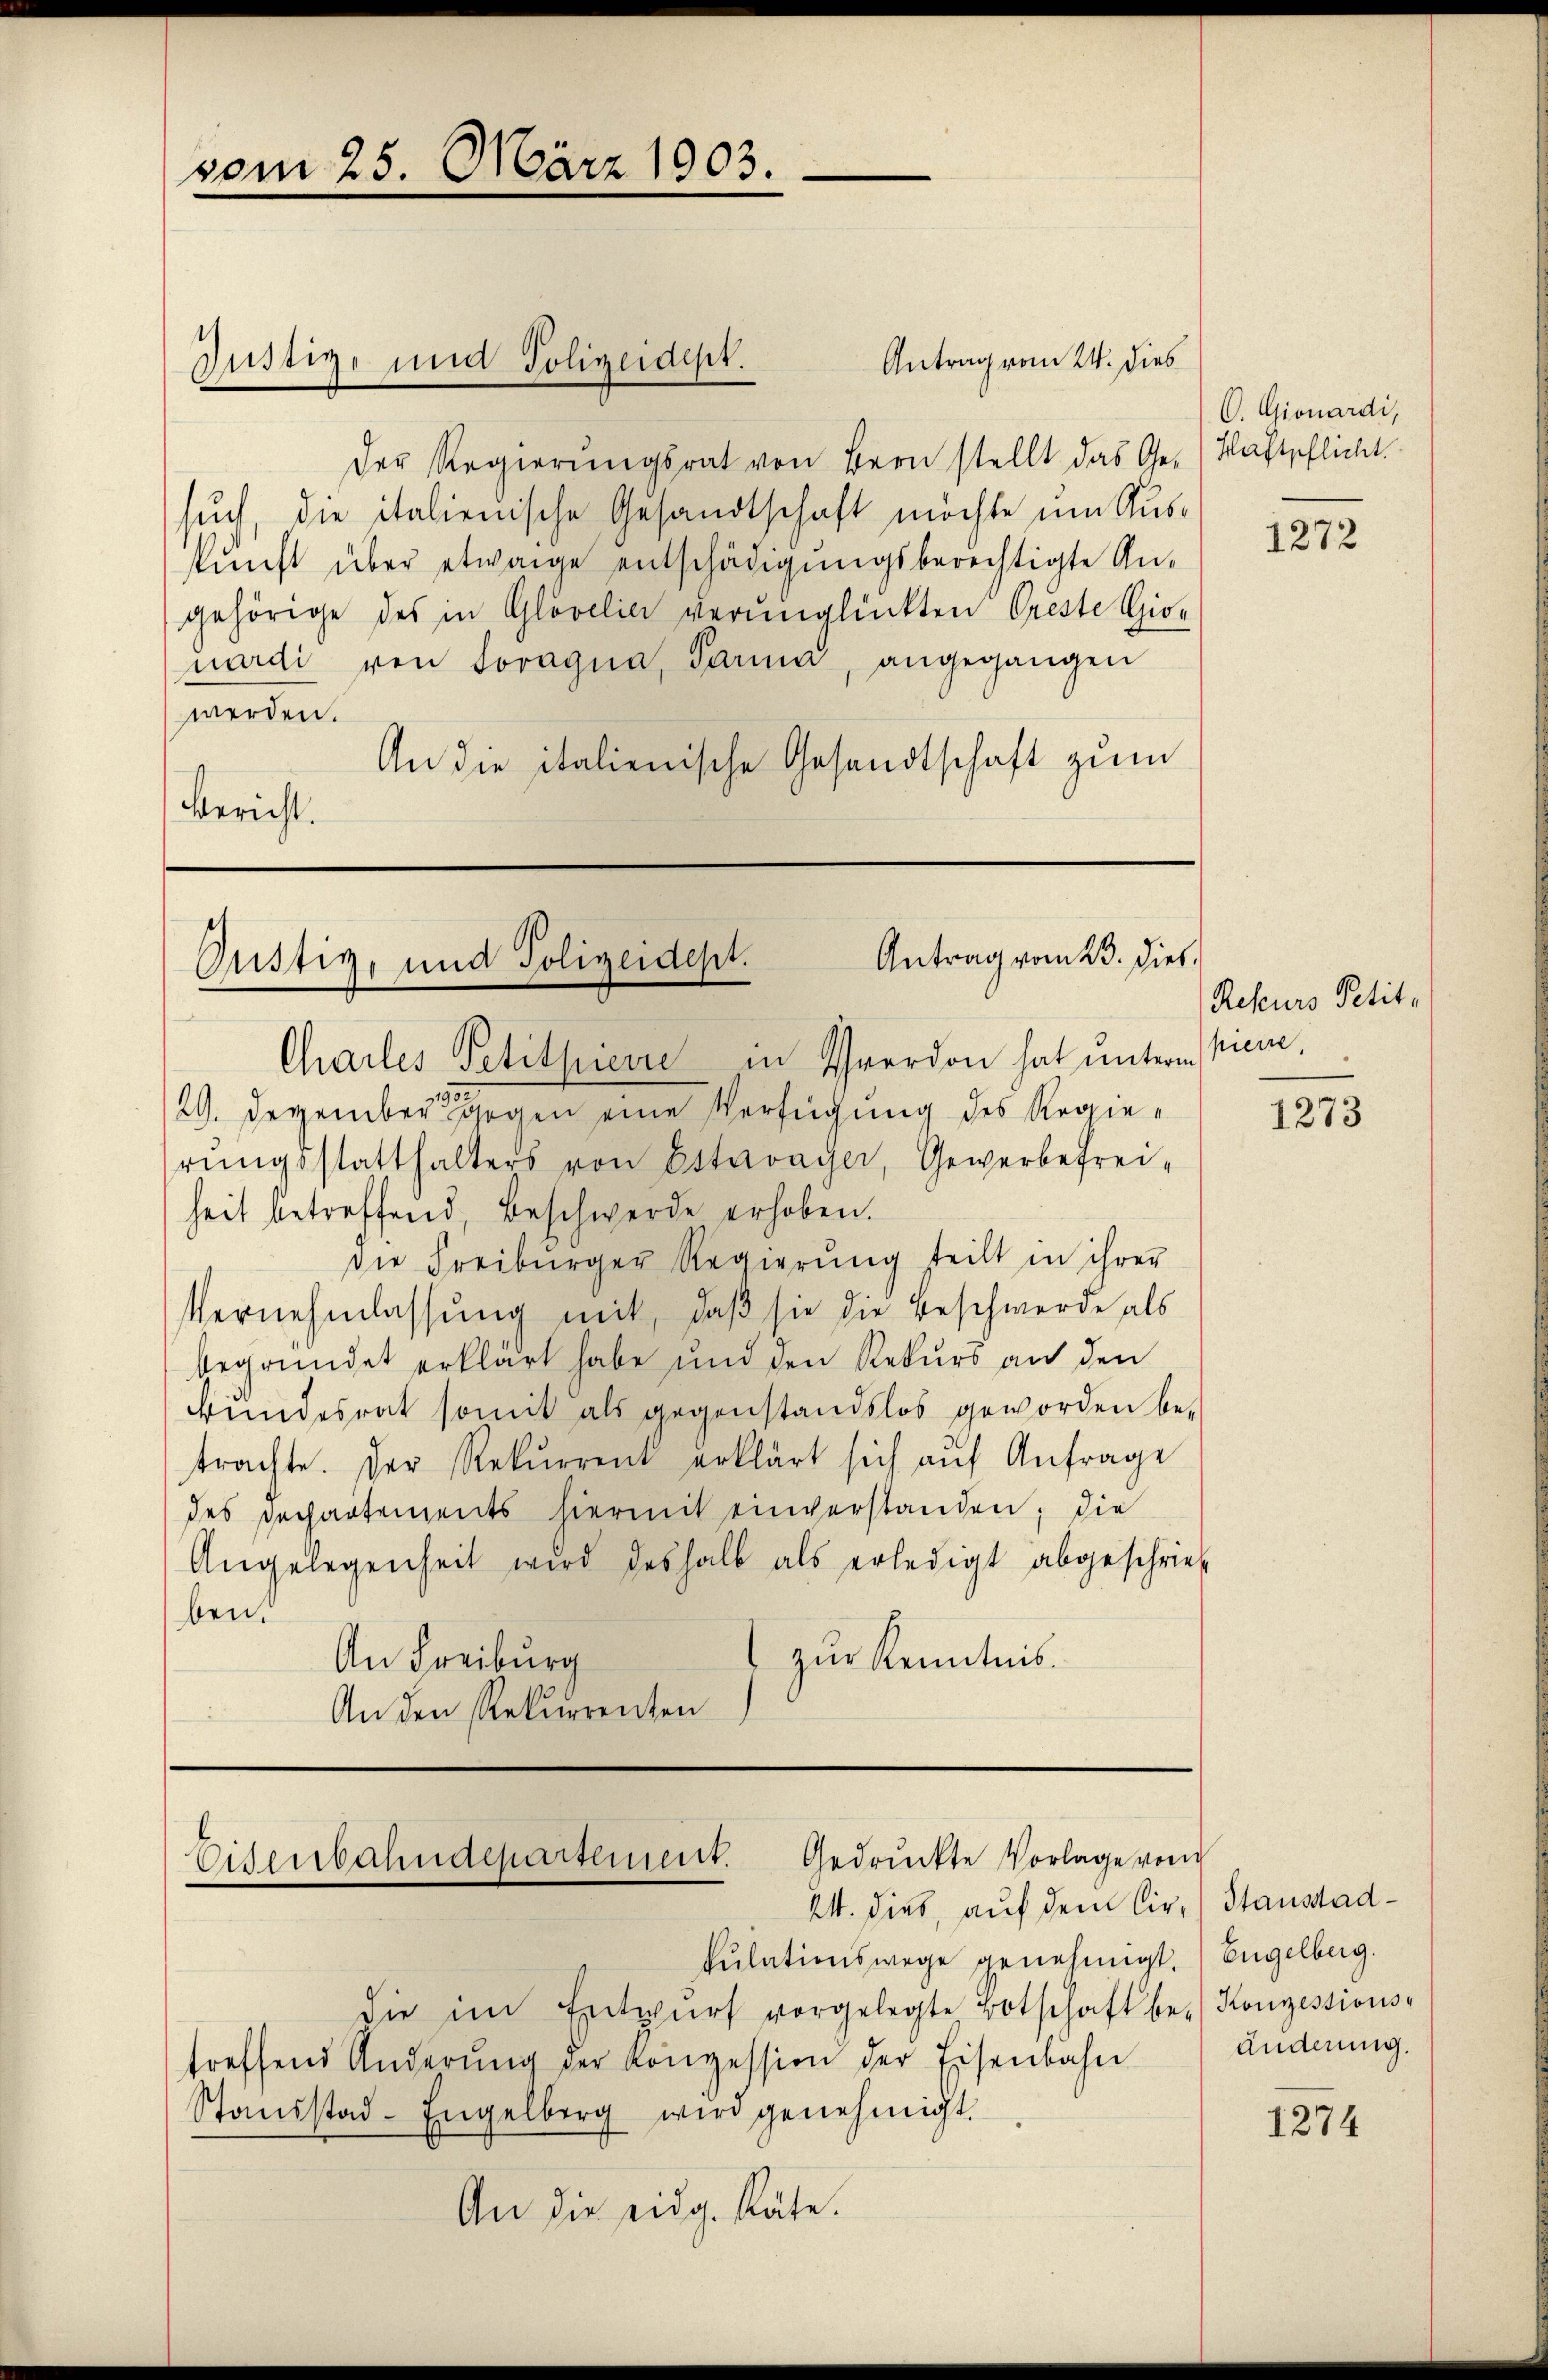
vom 25. März 1903.

Antrag vom 24. dies
Der Regierŭngsrat von Bern stellt das Ge- Haftpflicht.
such, die italienische Gesandtschaft möchte um Auskŭnft über etwaige entschädigungsberechtigte An-
gehörige des in Glövelia verunglückten Oreste Gionardi von Soragna, Parma, angegangen
werden.
An die italienische Gesandtschaft zum
Bericht.

Justiz- und Polizeidept.

Antrag vom 23. dies
Pustiz, und Polizeidept.
Chailes Petitpiević in Verdon hat untern hiere

Eisenbahndepartement. Gedrückte Vorlage vom
24. dies, auf dem Cir. Stanstad¬

kŭlationswege genehmigt. Engelberg.
die im Entwŭrf vorgelegte Botschaft be- Konzessions-
treffend Änderŭng der Konzession der Eisenbahn
Staŭsstad-Engelberg wird genehmigt.
An die eidg. Räte.

O. Gionardi,

29. Dezember gegen eine Verfügung des Regierŭngsstatthalters von Estavayer, Gewerbefrei-
heit betreffend, Beschwerde erhoben.
Die Freiburger Regierŭng teilt in ihrer
Vernehmlassung mit, daß sie die Beschwerde als
begründet erklärt habe und den Rekurs an den
Bundesrat somit als gegenstandslos geworden be-
trachte. Der Rekurrent erklärt sich aŭf Anfrage
des Dechartements hiermit einverstanden; die
Angelegenheit wird deshalb als erledigt abgeschrieb
ben.
An Freiburg
zur Kenntnis.
An den Rekurrenten

1272

Rekurs Petit-

1273

änderung.

1274